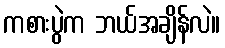
ကစားပွဲက ဘယ်အချိန်လဲ။